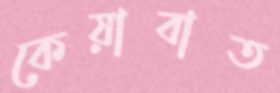
কেয়াবাত